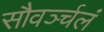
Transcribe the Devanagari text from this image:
सौवर्ञ्चलं